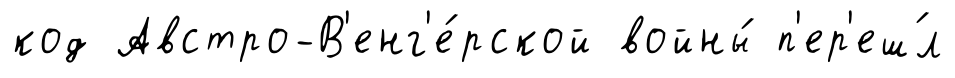
код Австро-В'енг'е́рской войны́ п'ер'еш́л